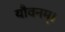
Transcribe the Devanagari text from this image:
यौवनम्।